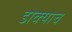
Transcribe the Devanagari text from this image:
डोक्याच